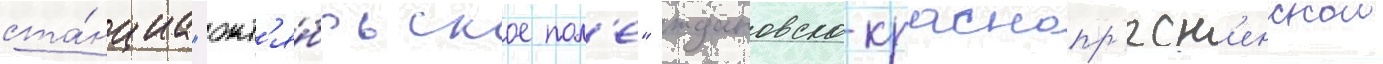
ста́нциа "окт'я́брьское пол'е" ждановско-краснопр'есн'енскои